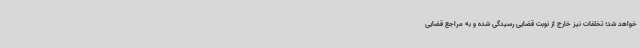
خواهد شد؛ تخلفات نیز خارج از نوبت قضایی رسیدگی شده و به مراجع قضایی